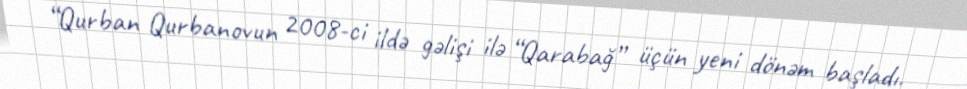
“Qurban Qurbanovun 2008-ci ildə gəlişi ilə “Qarabağ” üçün yeni dönəm başladı.